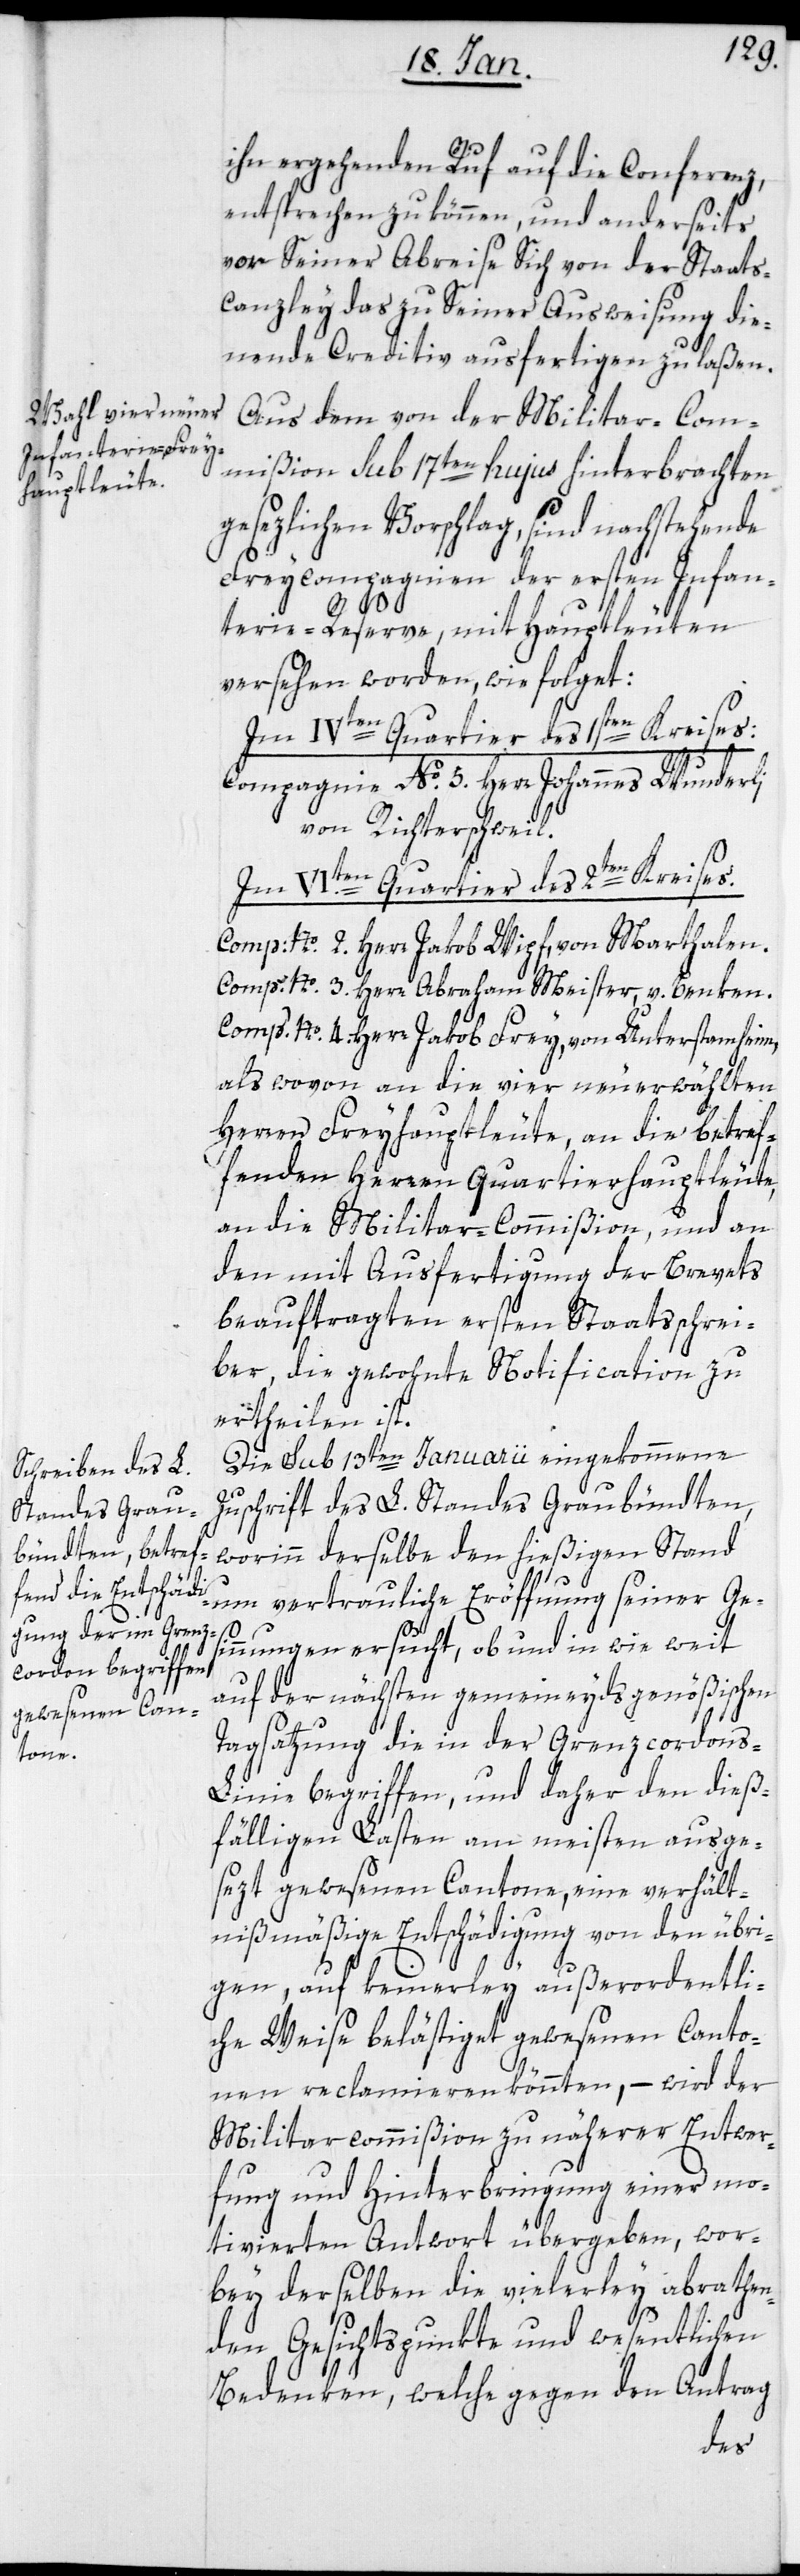
ihn ergehenden Ruf auf die Conferenz,
entsprechen zu können, und anderseits
vor Seiner Abreise Sich von der Staats¬
canzley das zu Seiner Ausweisung die¬
nende Creditiv ausfertigen zu laßen.
Aus dem von der Militar-Com¬
mißion sub 17ten hujus hinterbrachten
gesezlichen Vorschlag, sind nachstehende
Freycompagnien der ersten Infan¬
terie-Reserve, mit Hauptleuten
versehen worden, wie folget:
Im IVten Quartier des 1sten Kreises:
Compagnie No. 5. Herr Johannes Wunderli
von Richterschweil.
Im VI.ten Quartier des 2ten Kreises.
Comp: No. 2. Herr Jakob Wipf, von Marthalen.
Comp: No. 3. Herr Abraham Meister, v. Benken.
Comp: No. 4. Herr Jakob Frey, von Unterstamheim,
als wovon an die vier neuerwählten
Herren Freyhauptleute, an die betref¬
fenden Herren Quartierhauptleute,
an die Militar-Commißion, und an
den mit Ausfertigung der Brevets
beauftragten ersten Staatsschrei¬
ber, die gewohnte Notification zu
ertheilen ist.
Die sub 13ten Januarii eingekommene
Zuschrift des L. Standes Graubündten,
worinn derselbe den hießigen Stand
um vertrauliche Eröffnung seiner Ges¬
innungen ersucht, ob und in wie weit
auf der nächsten gemeineydsgenößischen
Tagsatzung die in der Grenzcordon¬
s-Linie begriffen, und daher den dieß¬
fälligen Lasten am meisten ausge¬
sezt gewesenen Cantone, eine verhält¬
nismäßige Entschädigung von den übri¬
gen, auf keinerley außerordentli¬
che Weise belästiget gewesenen Canto¬
nen reclamieren könnten, – wird der
Militarcommißion zu näherer Entwer¬
fung und Hinterbringung einer mo¬
tivierten Antwort übergeben, wor¬
bey derselben die vielerley abrathen¬
den Gesichtspunkte und wesentlichen
Bedenken, welche gegen den Antrag